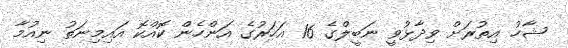
ޝާހު އިތުރަށް ވިދާޅުވީ ނަބީލްގެ 16 އަހަރުގެ އަންހެން ކޮއްކޮ އައިމިނަތު ނިއުމާ